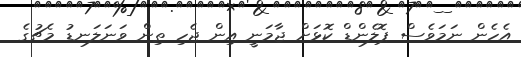
އެހެން ނަމަވެސް ޕޮލެންޑް ކޮޅަށް ޖާމަނީ އިން ޖެހި ތިން ވަނަލަނޑު މެޗުގެ